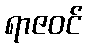
ရာဇဝင်